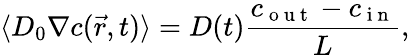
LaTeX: \langle D_{0}\nabla c(\vec{r},t)\rangle=D(t)\frac{c_{\mathrm{~o~u~t~}}-c_{\mathrm{~i~n~}}}{L},